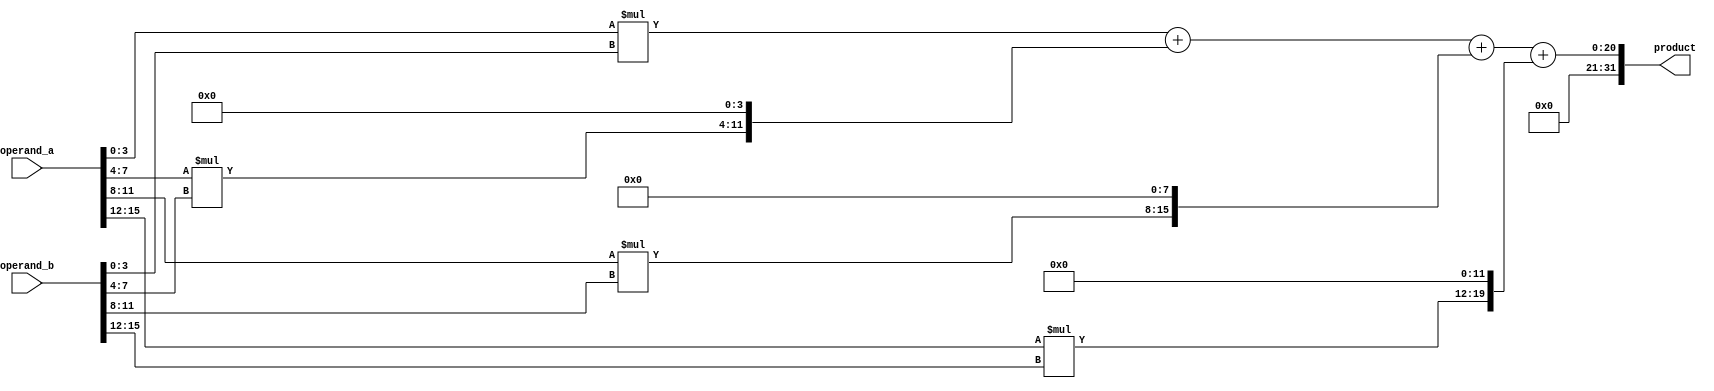
module radix4_multiplier (
    input [15:0] operand_a,
    input [15:0] operand_b,
    output reg [31:0] product
);

reg [31:0] partial_product[3:0];
reg [31:0] accumulator;

always @* begin
    partial_product[0] = operand_a[3:0] * operand_b[3:0];
    partial_product[1] = operand_a[7:4] * operand_b[7:4];
    partial_product[2] = operand_a[11:8] * operand_b[11:8];
    partial_product[3] = operand_a[15:12] * operand_b[15:12];
    
    accumulator = partial_product[0] + (partial_product[1] << 4) + (partial_product[2] << 8) + (partial_product[3] << 12);
    product = accumulator;
end

endmodule